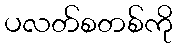
ပလတ်စတစ်ကို